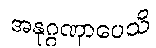
အနုဂ္ဂဏှာပေသိ